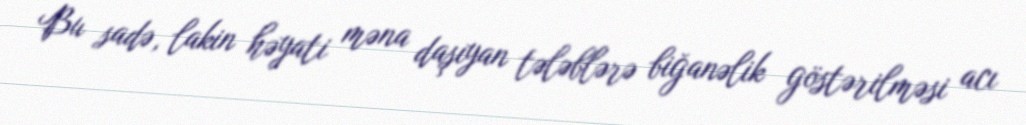
Bu sadə, lakin həyati məna daşıyan tələblərə biğanəlik göstərilməsi acı